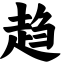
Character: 趋